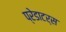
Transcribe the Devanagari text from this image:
प्रेडाटर्स